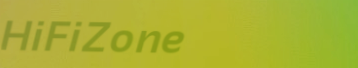
HiFiZone